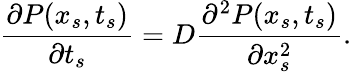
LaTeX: \frac{\partial P(x_{s},t_{s})}{\partial t_{s}}=D\frac{\partial^{2}P(x_{s},t_{s})}{\partial x_{s}^{2}}.